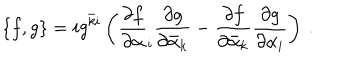
LaTeX: \{ f , g \} = i g ^ { \bar { k } i } \left( \frac { \partial f } { \partial \alpha } _ { i } \frac { \partial g } { \partial \bar { \alpha } _ { k } } - \frac { \partial f } { \partial \bar { \alpha } _ { k } } \frac { \partial g } { \partial \alpha _ { i } } \right) \: .